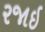
રજાઇ